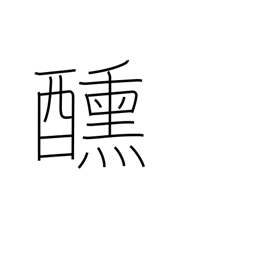
Meaning: hunger